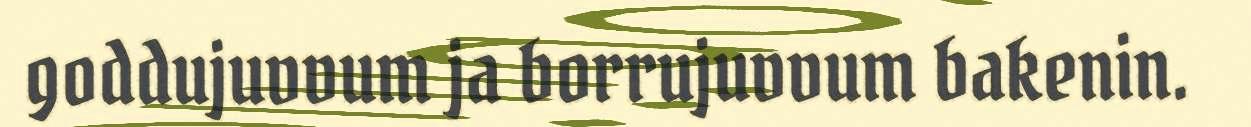
goddujuvvum ja borrujuvvum bakenin.